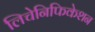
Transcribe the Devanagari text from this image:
लिचेनिफिकेशन